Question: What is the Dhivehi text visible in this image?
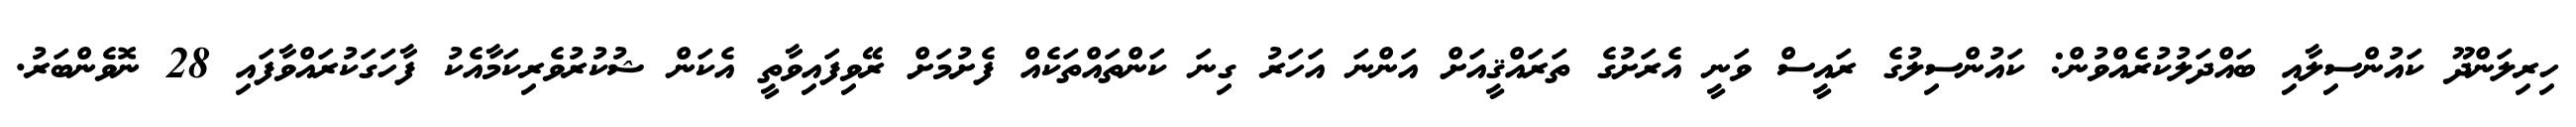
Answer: ހިރިލަންދޫ ކައުންސިލާއި ބައްދަލުކުރެއްވުން: ކައުންސިލުގެ ރައީސް ވަނީ އެރަށުގެ ތަރައްޤީއަށް އަންނަ އަހަރު ގިނަ ކަންތައްތަކެއް ފެށުމަށް ރޭވިފައިވާތީ އެކަން ޝުކުރުވެރިކަމާއެކު ފާހަގަކުރައްވާފައި 28 ނޮވެންބަރު.